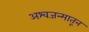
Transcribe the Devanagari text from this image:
अश्वजन्मातून